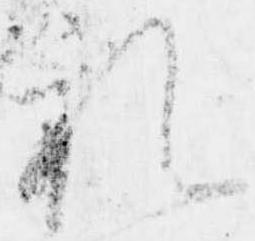
礼